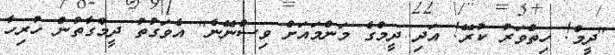
"ދީމް! ހިތްވަރު ކުރޭ! އަދި ދީމްގެ މަންމައަށް ވިސްނޭނެ" އެވަގުތު ދީމްގާތުން ހުރިހާ